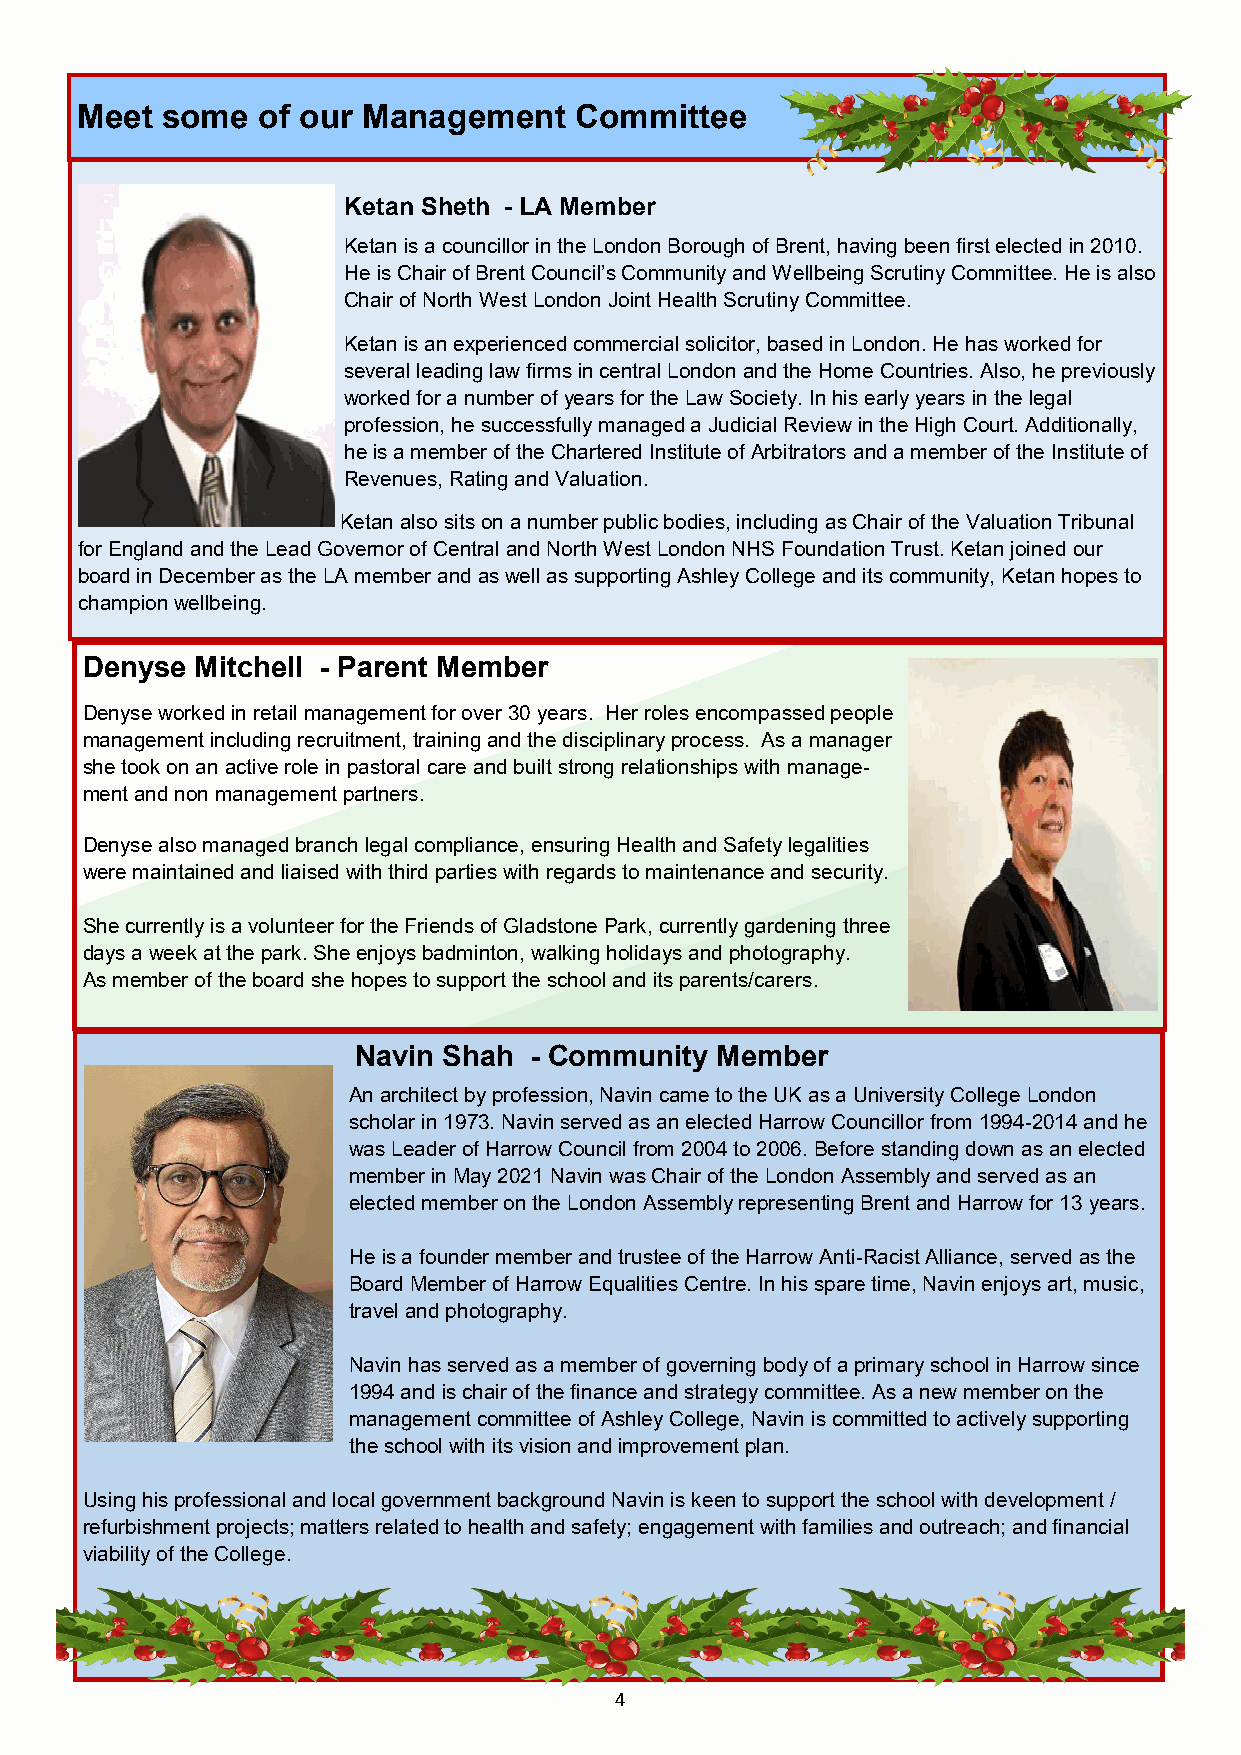
Meet  some  of our Management    Committee
 Ketan Sheth - LA Member
 Ketan is a councillor in the London Borough of Brent, having been first elected in 2010.
 He is Chair of Brent Council’s Community and Wellbeing Scrutiny Committee. He is also
 Chair of North West London Joint Health Scrutiny Committee.
 Ketan is an experienced commercial solicitor, based in London. He has worked for
 several leading law firms in central London and the Home Countries. Also, he previously
 worked for a number of years for the Law Society. In his early years in the legal
 profession, he successfully managed a Judicial Review in the High Court. Additionally,
 he is a member of the Chartered Institute of Arbitrators and a member of the Institute of
 Revenues, Rating and Valuation.
 Ketan also sits on a number public bodies, including as Chair of the Valuation Tribunal
 for England and the Lead Governor of Central and North West London NHS Foundation Trust. Ketan joined our
 board in December as the LA member and as well as supporting Ashley College and its community, Ketan hopes to
 champion wellbeing.
 Denyse  Mitchell - Parent Member
 Denyse worked in retail management for over 30 years. Her roles encompassed people
 management including recruitment, training and the disciplinary process. As a manager
 she took on an active role in pastoral care and built strong relationships with manage-
 ment and non management partners.
 Denyse also managed branch legal compliance, ensuring Health and Safety legalities
 were maintained and liaised with third parties with regards to maintenance and security.
 She currently is a volunteer for the Friends of Gladstone Park, currently gardening three
 days a week at the park. She enjoys badminton, walking holidays and photography.
 As member of the board she hopes to support the school and its parents/carers.
 Navin Shah  - Community Member
 An architect by profession, Navin came to the UK as a University College London
 scholar in 1973. Navin served as an elected Harrow Councillor from 1994-2014 and he
 was Leader of Harrow Council from 2004 to 2006. Before standing down as an elected
 member in May 2021 Navin was Chair of the London Assembly and served as an
 elected member on the London Assembly representing Brent and Harrow for 13 years.
 He is a founder member and trustee of the Harrow Anti-Racist Alliance, served as the
 Board Member of Harrow Equalities Centre. In his spare time, Navin enjoys art, music,
 travel and photography.
 Navin has served as a member of governing body of a primary school in Harrow since
 1994 and is chair of the finance and strategy committee. As a new member on the
 management committee of Ashley College, Navin is committed to actively supporting
 the school with its vision and improvement plan.
 Using his professional and local government background Navin is keen to support the school with development /
 refurbishment projects; matters related to health and safety; engagement with families and outreach; and financial
 viability of the College.
 4